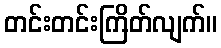
တင်းတင်းကြိတ်လျက်။